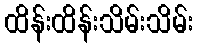
ထိန်းထိန်းသိမ်းသိမ်း